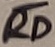
Text: RD